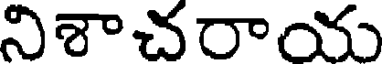
నిశాచరాయ